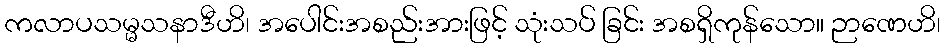
ကလာပသမ္မသနာဒီဟိ၊ အပေါင်းအစည်းအားဖြင့် သုံးသပ် ခြင်း အစရှိကုန်သော။ ဉာဏေဟိ၊